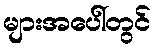
များအပေါ်တွင်